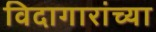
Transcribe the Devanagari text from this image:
विदागारांच्या